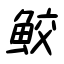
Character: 鮫